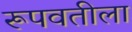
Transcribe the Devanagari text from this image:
रूपवतीला